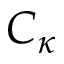
C _ { \kappa }